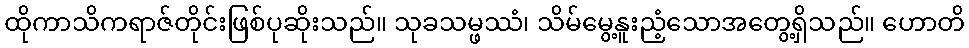
ထိုကာသိကရာဇ်တိုင်းဖြစ်ပုဆိုးသည်။ သုခသမ္ဖဿံ၊ သိမ်မွေ့နူးညံ့သောအတွေ့ရှိသည်။ ဟောတိ